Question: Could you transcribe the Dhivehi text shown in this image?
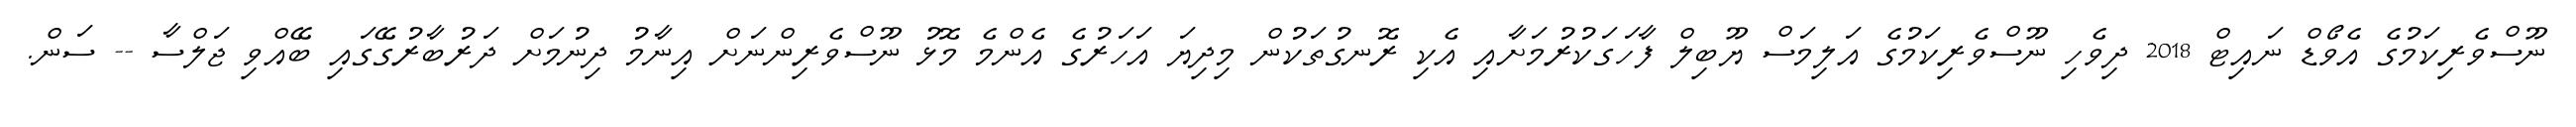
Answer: ނޫސްވެރިކަމުގެ އެވޯޑް ނައިޓް 2018 ދިވެހި ނޫސްވެރިކަމުގެ އަލިމަސް ޔޫބިލް ފާހަގަކުރުމަށާއި އެކި ރޮނގުތަކުން މިދިޔަ އަހަރުގެ އެންމެ މޮޅު ނޫސްވެރިންނަށް އިނާމު ދިނުމަށް ދަރުބާރުގޭގައި ބޭއްވި ޖަލްސާ -- ސަން.